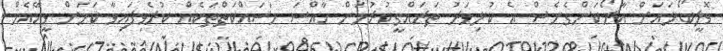
ވޮލީބޯޅައަށް އާރޯކަންގެނެސް އެ ކުޅިވަރު ތަރައްގީކުރުމަށް ހާއްސަ މަސައްކަތްތަކެއް ކުރެވިފައިވާ ކަމަށް ވީއޭއެމް